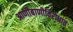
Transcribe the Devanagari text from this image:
आणीबाणीविरोधात